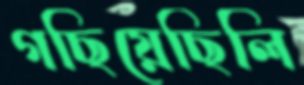
গছিয়েছিলি